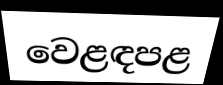
වෙළඳපළ